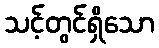
သင့်တွင်ရှိသော